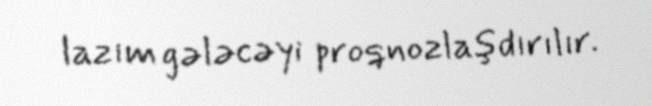
lazım gələcəyi proqnozlaşdırılır.